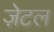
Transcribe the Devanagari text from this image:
ज़ेटल